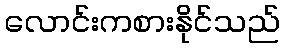
လောင်းကစားနိုင်သည်